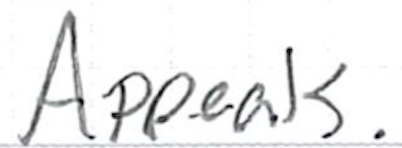
Text: Appeals.
Cross-out: clean
Writing tool: ballpoint